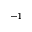
^ { - 1 }